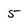
Character: 5